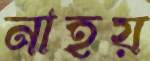
নাহয়